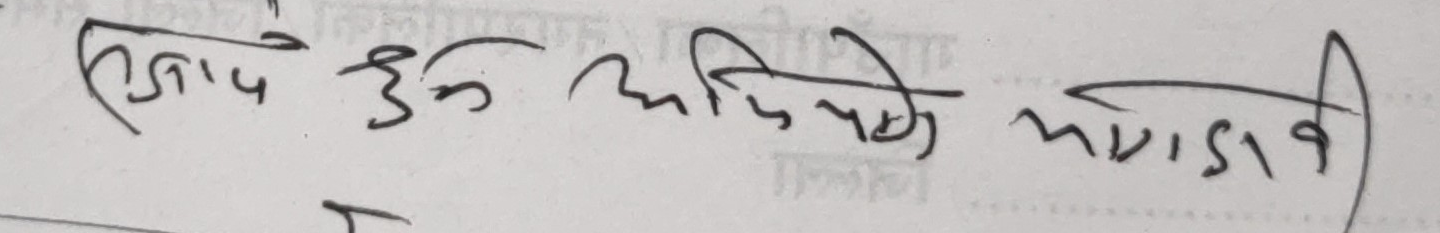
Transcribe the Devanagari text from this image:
सुझाए हुन अधिकारी भगाउने